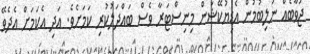
ޖަވާބެއް ނުލިބުމުން އެޑިޔުކޭޝަން މިނިސްޓަރާ ވެސް ބައްދަލުކުރި ކަމަށެވެ. އަދި އެކަމަށް އެދެވޭ